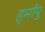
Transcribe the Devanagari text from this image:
हुमाँयु